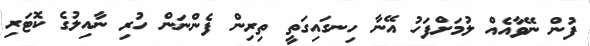
ފުން ނޭވާއެއް ލުމަށްފަހު އޭނާ ހިނގައިގަތީ ތިރިން ފެންނަން ހުރި ނާއިލުގެ ކޮޓަރި